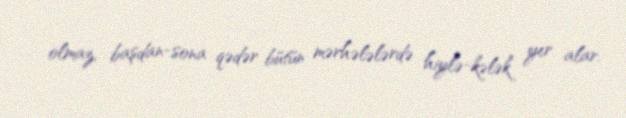
olmaz, başdan-sona qədər bütün mərhələlərdə hiylə-kələk yer alar.